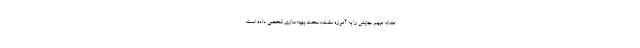
مندانهٔ مبهم جایش را به آموزهٔ سفت‌وسخت بهینه‌سازیِ شخصی داده است.